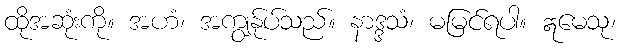
ထိုအဆုံးကို။ အဟံ၊ အကျွန်ုပ်သည်။ နာဒ္ဒသံ၊ မမြင်ရပါ။ ဣမေသု၊